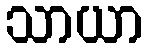
သာယာ